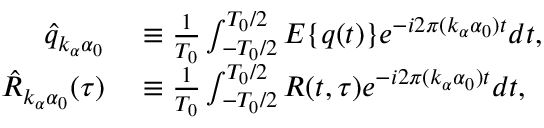
\begin{array} { r l } { \hat { q } _ { k _ { \alpha } \alpha _ { 0 } } } & { { } \equiv \frac { 1 } { T _ { 0 } } \int _ { - T _ { 0 } / 2 } ^ { T _ { 0 } / 2 } E \{ q ( t ) \} e ^ { - i 2 \pi ( k _ { \alpha } \alpha _ { 0 } ) t } d t , } \\ { \hat { R } _ { k _ { \alpha } \alpha _ { 0 } } ( \tau ) } & { { } \equiv \frac { 1 } { T _ { 0 } } \int _ { - T _ { 0 } / 2 } ^ { T _ { 0 } / 2 } R ( t , \tau ) e ^ { - i 2 \pi ( k _ { \alpha } \alpha _ { 0 } ) t } d t , } \end{array}